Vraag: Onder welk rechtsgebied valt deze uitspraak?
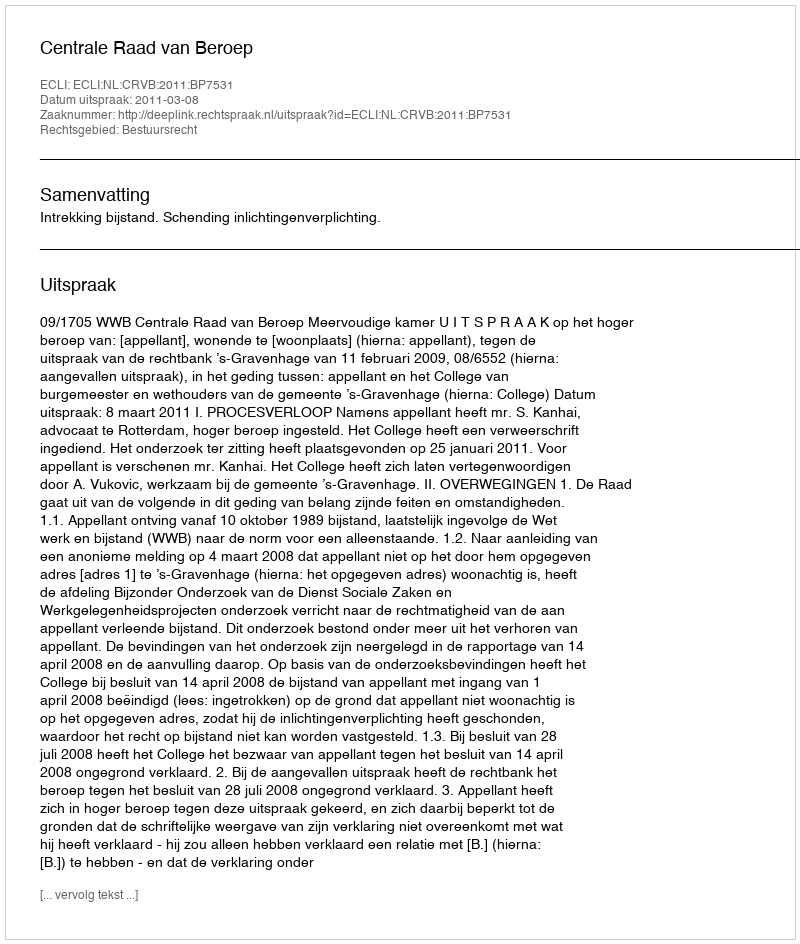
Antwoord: Bestuursrecht